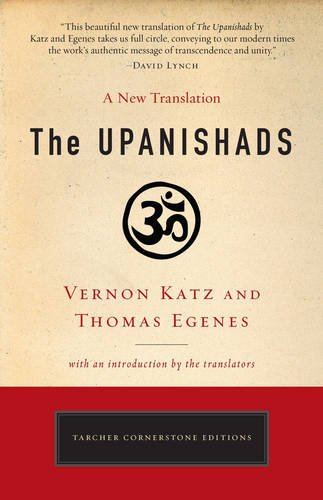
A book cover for The Upanishads: A New Translation by Vernon Katz and Thomas Egenes (Tarcher Cornerstone Editions); Vernon Katz; Religion & Spirituality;